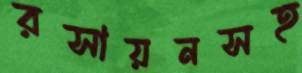
রসায়নসহ